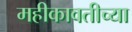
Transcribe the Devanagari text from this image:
महीकावतीच्या